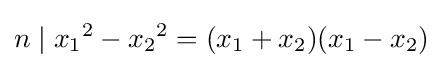
n\mid {x_{1}}^{2}-{x_{2}}^{2}=(x_{1}+x_{2})(x_{1}-x_{2})